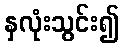
နှလုံးသွင်း၍